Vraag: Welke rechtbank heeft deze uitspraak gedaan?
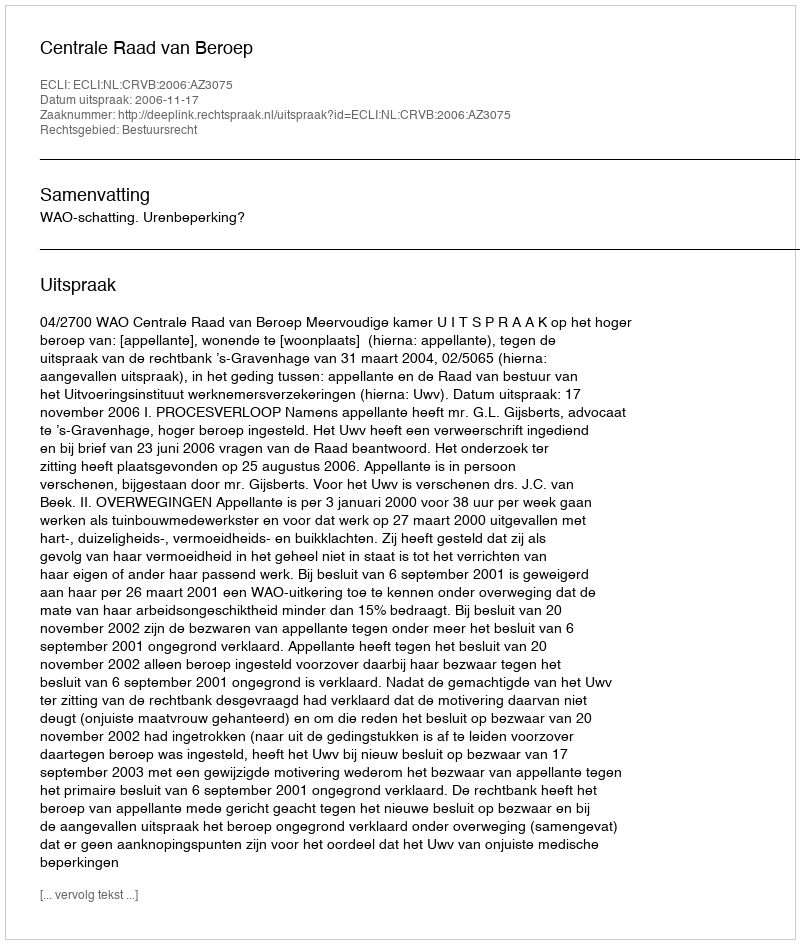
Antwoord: Centrale Raad van Beroep